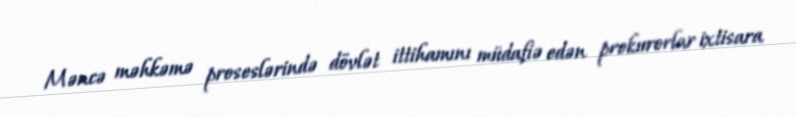
Məncə məhkəmə proseslərində dövlət ittihamını müdafiə edən prokurorlar ixtisara